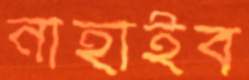
নাহাইব